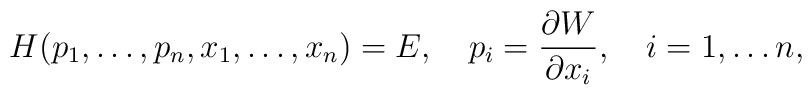
H(p_1,\ldots,p_n,x_1,\ldots,x_n)=E,\quad p_i={\partial W\over \partial x_i},\quad i=1,\ldots n,